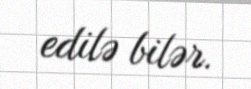
edilə bilər.